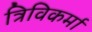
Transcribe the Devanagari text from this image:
त्रिविकर्मा